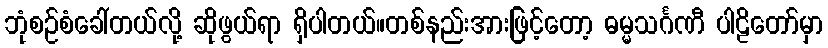
ဘုံစဉ်စံခေါ်တယ်လို့ ဆိုဖွယ်ရာ ရှိပါတယ်။တစ်နည်းအားဖြင့်တော့ ဓမ္မသင်္ဂဏီ ပါဠိတော်မှာ